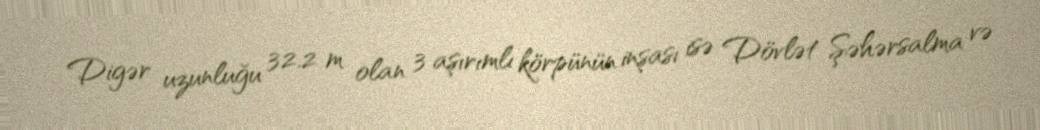
Digər uzunluğu 32.2 m olan 3 aşırımlı körpünün inşası isə Dövlət Şəhərsalma və